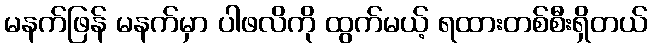
မနက်ဖြန် မနက်မှာ ပါဖလိကို ထွက်မယ့် ရထားတစ်စီးရှိတယ်